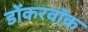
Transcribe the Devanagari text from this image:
डोंकरवॉक